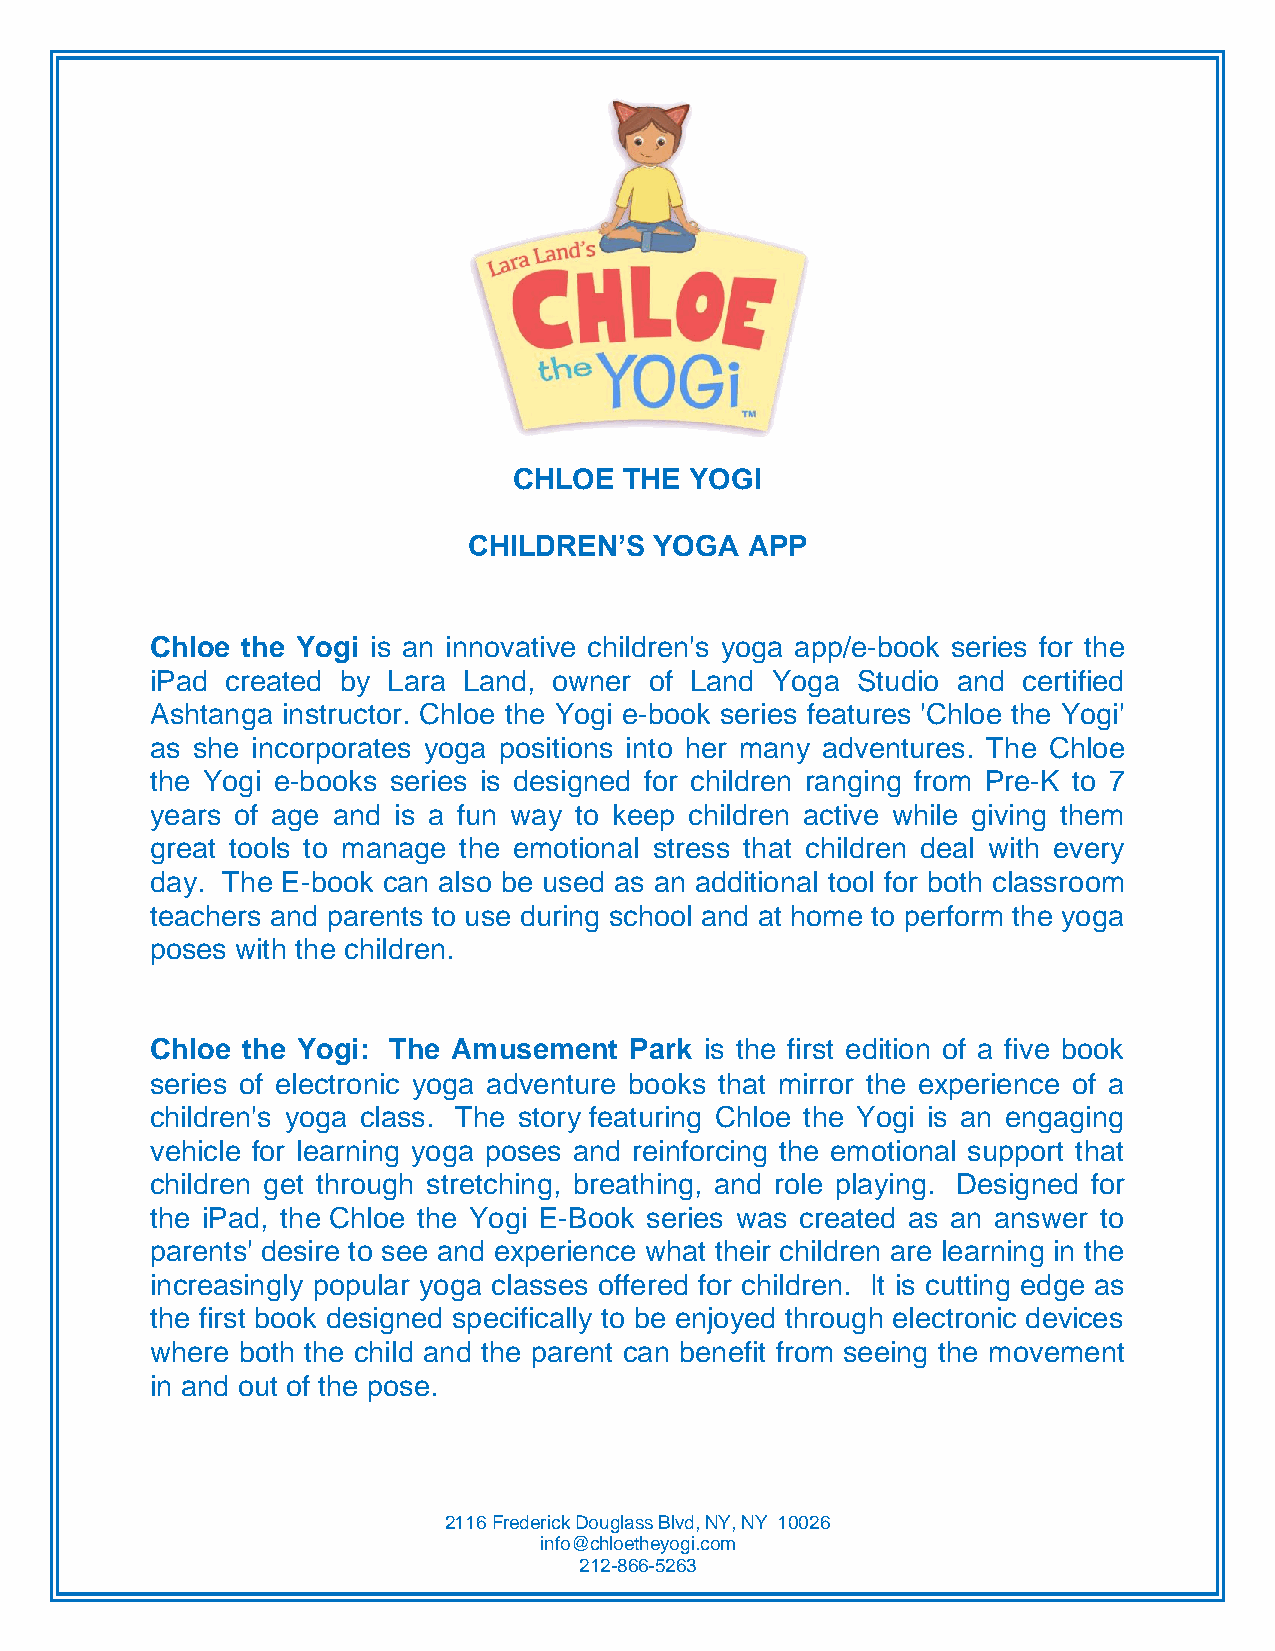
CHLOE  THE  YOGI
 CHILDREN’S  YOGA   APP
 Chloe the Yogi is an innovative children's yoga app/e-book series for the
 iPad created by Lara Land, owner of Land Yoga  Studio and certified
 Ashtanga instructor. Chloe the Yogi e-book series features 'Chloe the Yogi'
 as she incorporates yoga positions into her many adventures. The Chloe
 the Yogi e-books series is designed for children ranging from Pre-K to 7
 years of age and is a fun way to keep children active while giving them
 great tools to manage the emotional stress that children deal with every
 day. The E-book can also be used as an additional tool for both classroom
 teachers and parents to use during school and at home to perform the yoga
 poses with the children.
 Chloe the Yogi: The Amusement   Park is the first edition of a five book
 series of electronic yoga adventure books that mirror the experience of a
 children's yoga class. The story featuring Chloe the Yogi is an engaging
 vehicle for learning yoga poses and reinforcing the emotional support that
 children get through stretching, breathing, and role playing. Designed for
 the iPad, the Chloe the Yogi E-Book series was created as an answer to
 parents' desire to see and experience what their children are learning in the
 increasingly popular yoga classes offered for children. It is cutting edge as
 the first book designed specifically to be enjoyed through electronic devices
 where both the child and the parent can benefit from seeing the movement
 in and out of the pose.
 2116 Frederick Douglass Blvd, NY, NY 10026
 info@chloetheyogi.com
 212-866-5263